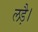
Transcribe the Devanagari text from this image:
लड़ै।